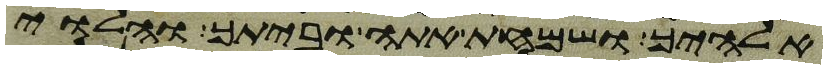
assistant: אלהיך ושמחת אתה וביתך והלוי